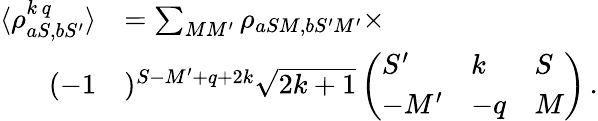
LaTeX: \begin{array}{rl}{\langle\rho_{aS,bS^{\prime}}^{k\, q}\rangle}&{=\sum_{MM^{\prime}}\rho_{aSM,bS^{\prime}M^{\prime}}\times}\\ {(-1}&{)^{S-M^{\prime}+q+2k}\sqrt{2k+1}\left(\begin{array}{lll}{S^{\prime}}&{k}&{S}\\ {-M^{\prime}}&{-q}&{M}\end{array}\right)\, .}\end{array}